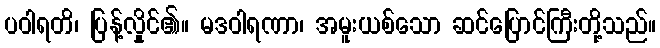
ပဝါရတိ၊ ပြန့်လှိုင်၏။ မဒဝါရဏာ၊ အမူးယစ်သော ဆင်ပြောင်ကြီးတို့သည်။